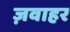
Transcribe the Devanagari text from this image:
ज़वाहर